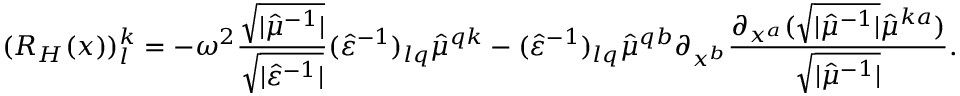
( R _ { H } ( x ) ) _ { l } ^ { k } = - \omega ^ { 2 } \frac { \sqrt { \lvert \hat { \mu } ^ { - 1 } \rvert } } { \sqrt { \lvert \hat { \varepsilon } ^ { - 1 } \rvert } } ( \hat { \varepsilon } ^ { - 1 } ) _ { l q } \hat { \mu } ^ { q k } - ( \hat { \varepsilon } ^ { - 1 } ) _ { l q } \hat { \mu } ^ { q b } \partial _ { x ^ { b } } \frac { \partial _ { x ^ { a } } ( \sqrt { \lvert \hat { \mu } ^ { - 1 } \rvert } \hat { \mu } ^ { k a } ) } { \sqrt { \lvert \hat { \mu } ^ { - 1 } \rvert } } .